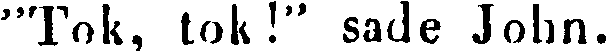
"Tok, tok!" sade John.